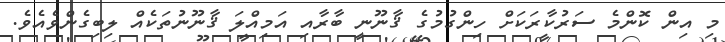
މި އިން ކޮންމެ ސަރުކާރަކަށް ހިންގުމުގެ ޤާނޫނީ ބާރާއި އަމިއްލަ ޤާނޫނުތަކެއް ލިބިގެންވެއެވެ.